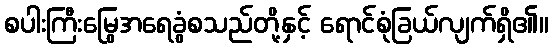
စပါးကြီးမြွေအရေခွံစသည်တို့နှင့် ရောင်စုံခြယ်လျက်ရှိ၏။